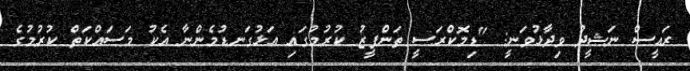
ރައީސް ނަޝީދު ވިދާޅުވަނީ: "ޑިމޮކްރަސީ ތަންފީޒު ކުރުމުގައި އަޅުގަނޑުމެންނާ އެކު މަސައްކަތް ކުރުމުގެ